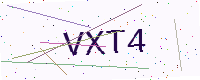
Text: VXT4